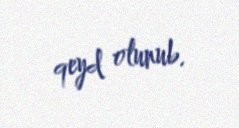
qeyd olunub.